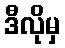
ဒီလိုမှ